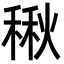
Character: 𮃚